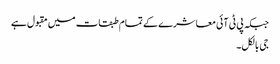
جبکہ پی ٹی آئی معاشرے کے تمام طبقات میں مقبول ہے
جی بالکل۔